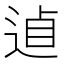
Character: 𨓗